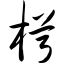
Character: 枵